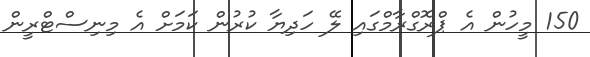
150 މީހުން އެ ޕްރޮގްރާމްގައި ލޭ ހަދިޔާ ކުރުން ކަމަށް އެ މިނިސްޓްރީން